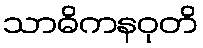
သာဓိကနဝုတိ